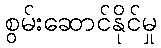
စွမ်းဆောင်နိုင်မှု